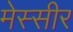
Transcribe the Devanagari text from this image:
मेस्सीर